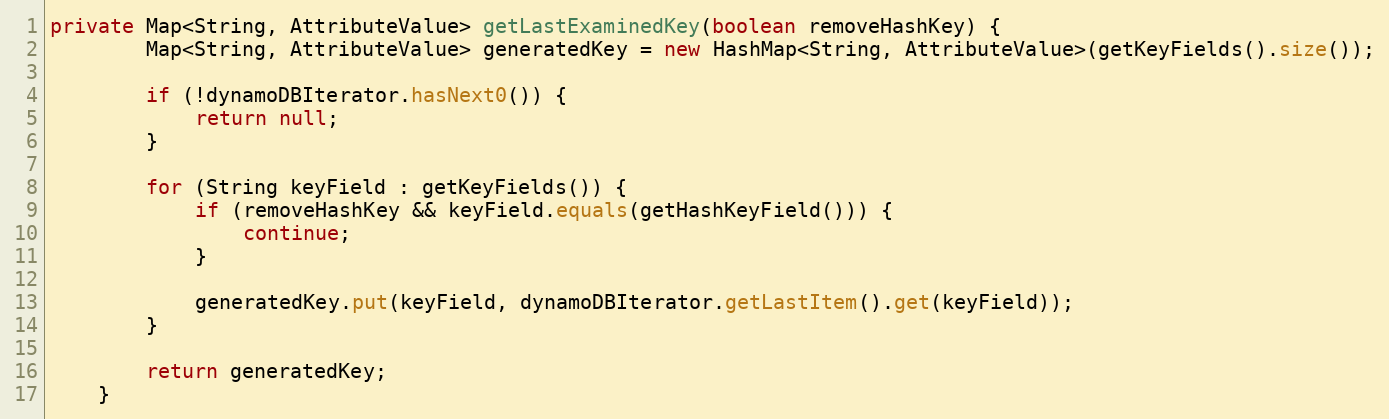
Language: Java
private Map<String, AttributeValue> getLastExaminedKey(boolean removeHashKey) {
        Map<String, AttributeValue> generatedKey = new HashMap<String, AttributeValue>(getKeyFields().size());

        if (!dynamoDBIterator.hasNext0()) {
            return null;
        }

        for (String keyField : getKeyFields()) {
            if (removeHashKey && keyField.equals(getHashKeyField())) {
                continue;
            }

            generatedKey.put(keyField, dynamoDBIterator.getLastItem().get(keyField));
        }

        return generatedKey;
    }